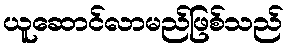
ယူဆောင်လာမည်ဖြစ်သည်